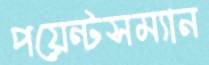
পয়েন্টসম্যান